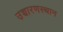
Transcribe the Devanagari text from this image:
उच्चारणस्थान